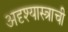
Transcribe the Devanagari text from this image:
अदृश्यास्त्राची